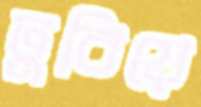
ঢুবিয়ে